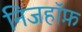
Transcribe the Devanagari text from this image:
निजहॉफ़